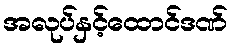
အလုပ်နှင့်ထောင်ဒဏ်